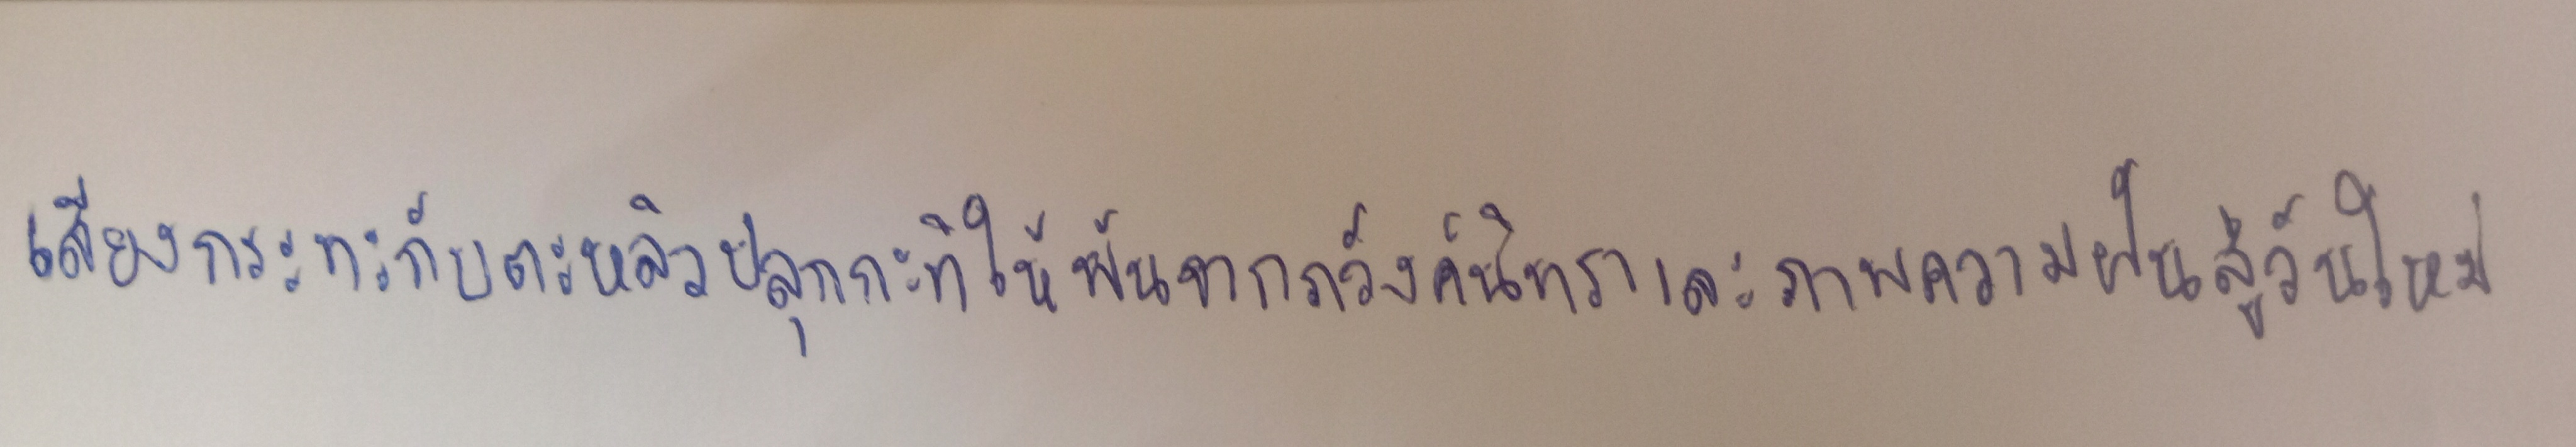
เสียงกระทะกับตะหลิวปลุกกะทิให้พ้นจากภวังค์นิทราเละภาพความฝันสู่วันใหม่